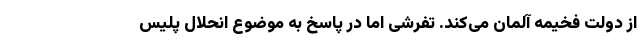
از دولت فخیمه آلمان می‌کند. تفرشی اما در پاسخ به موضوع انحلال پلیس